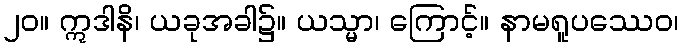
၂၀။ ဣဒါနိ၊ ယခုအခါ၌။ ယသ္မာ၊ ကြောင့်။ နာမရူပဿေဝ၊